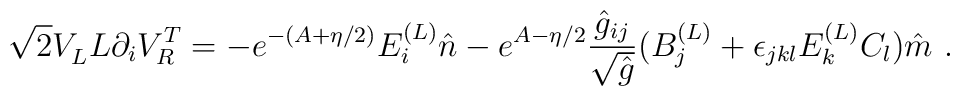
\sqrt{2} V_L^{\vphantom{T}}L\partial_iV_R^T = -e^{-(A+\eta/2)}E_i^{(L)} \hat n-e^{A-\eta/2}{\hat g_{ij}\over\sqrt{\hat g}}(B_j^{(L)}+\epsilon_{jkl}E^{(L)}_kC_l)\hat m\ .